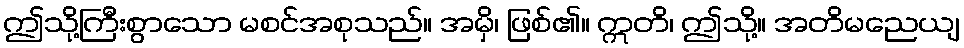
ဤသို့ကြီးစွာသော မစင်အစုသည်။ အမှိ၊ ဖြစ်၏။ ဣတိ၊ ဤသို့။ အတိမညေယျ